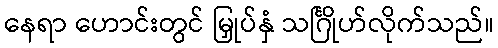
နေရာ ဟောင်းတွင် မြှုပ်နှံ သင်္ဂြိုဟ်လိုက်သည်။